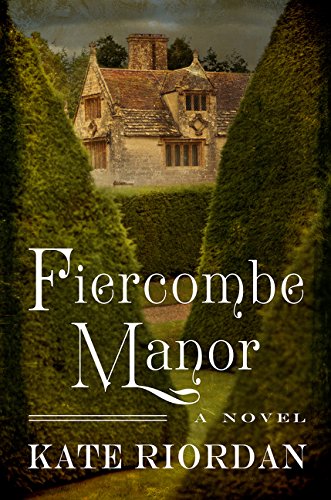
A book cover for Fiercombe Manor; Kate Riordan; Literature & Fiction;